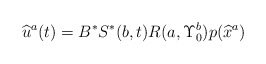
\begin{align*}\widehat{u}^a(t)=B^*S^*(b,t)R(a,\Upsilon_0^b)p(\widehat{x}^a)\end{align*}